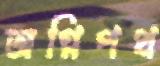
অগ্নিপথ